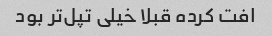
افت کرده قبلا خیلی تپل‌تر بود